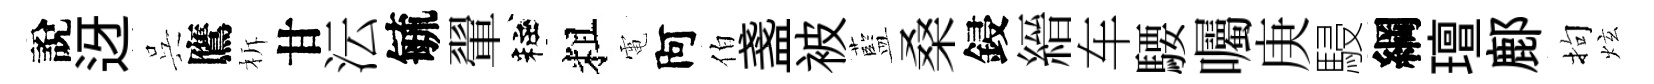
說迓呉鷹柝甘沄毓翬粧粗電阿伯盞被藍桑鋟縉车騕囑庚駸綱璮鄜拘炫